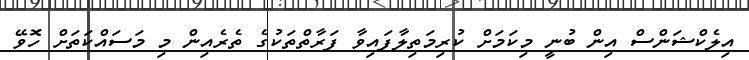
އިލެކްޝަންސް އިން ބުނީ މިކަމަށް ކުރިމަތިލާފައިވާ ފަރާތްތަކުގެ ތެރެއިން މި މަސައްކަތަށް ހޮވޭ